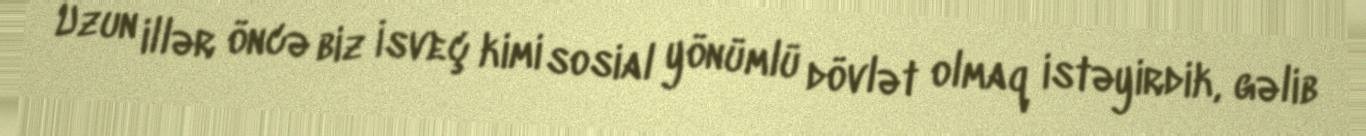
Uzun illər öncə biz İsveç kimi sosial yönümlü dövlət olmaq istəyirdik, gəlib